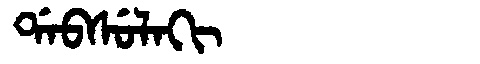
Manchu: ᡩᠠᠪᠰᡠᠯᠠᡴᡳ
Romanization: DABSULAKI